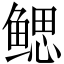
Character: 鳃